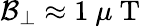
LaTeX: \mathcal{B}_{\perp}\approx 1~\mu\mathrm{~T~}